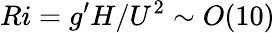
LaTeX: Ri=g^{\prime}H/U^{2}\sim O(10)